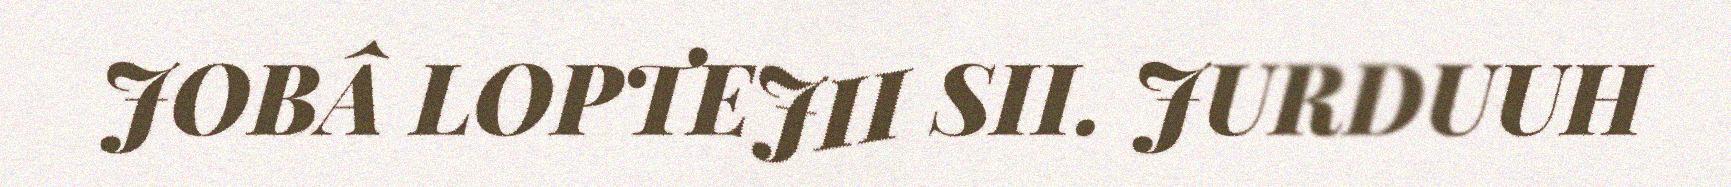
JOBÂ LOPTEJII SII. JURDUUH